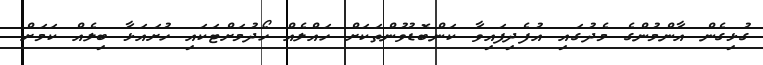
ގުޅިގެން އާންމުންގެ މެދުގައި އުފެދިފައިވާ ކަންބޮޑުވުންތަކަށް ހައްލެއް ހޯދުމަށްޓަކައި ހުށައަޅާ ބިލެއް ކަމަށް